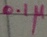
Text: 0.1µ